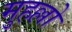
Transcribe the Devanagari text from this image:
मुहल्लो